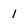
Character: 1